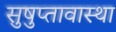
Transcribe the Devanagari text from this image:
सुषुप्तावास्था